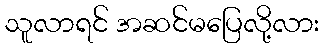
သူလာရင် အဆင်မပြေလို့လား